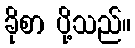
ခိုစာ ပို့သည်။